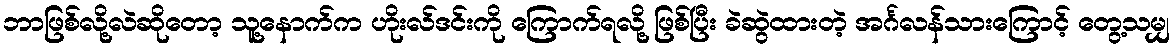
ဘာဖြစ်လို့လဲဆိုတော့ သူ့နောက်က ဟိုးလ်ဒင်းကို ကြောက်ရလို့ ဖြစ်ပြီး ခဲဆွဲထားတဲ့ အင်္ဂလန်သားကြောင့် တွေ့သမျှ